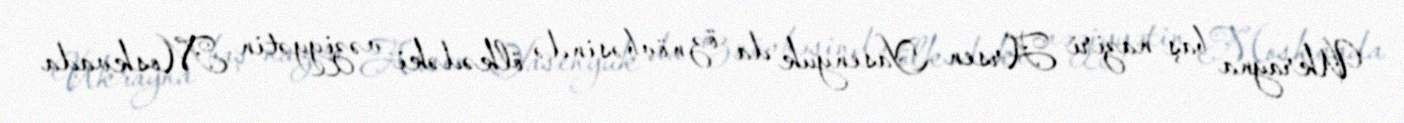
Ukrayna baş naziri Arsen Yasenyuk da öz növbəsində ölkədəki vəziyyətin Moskvada